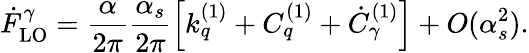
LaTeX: \dot{F}_{\mathrm{LO}}^{\gamma}=\frac{\alpha}{2\pi}\frac{\alpha_{s}}{2\pi}\left[k_{q}^{(1)}+C_{q}^{(1)}+\dot{C}_{\gamma}^{(1)}\right]+O(\alpha_{s}^{2}).